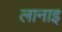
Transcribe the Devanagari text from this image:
लानाइ